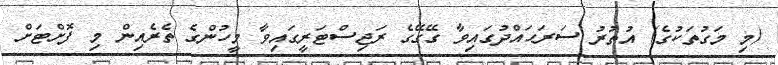
(މި މަގުތަކުގެ) އުތުރު ސަރަޙައްދުގައިވާ ގޭގޭގެ ރަޖިސްޓަރީގައިވާ މީހުންގެ ތެރެއިން މި ފޮށްޓަށް